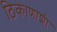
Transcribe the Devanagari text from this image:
ठिकाणाशी